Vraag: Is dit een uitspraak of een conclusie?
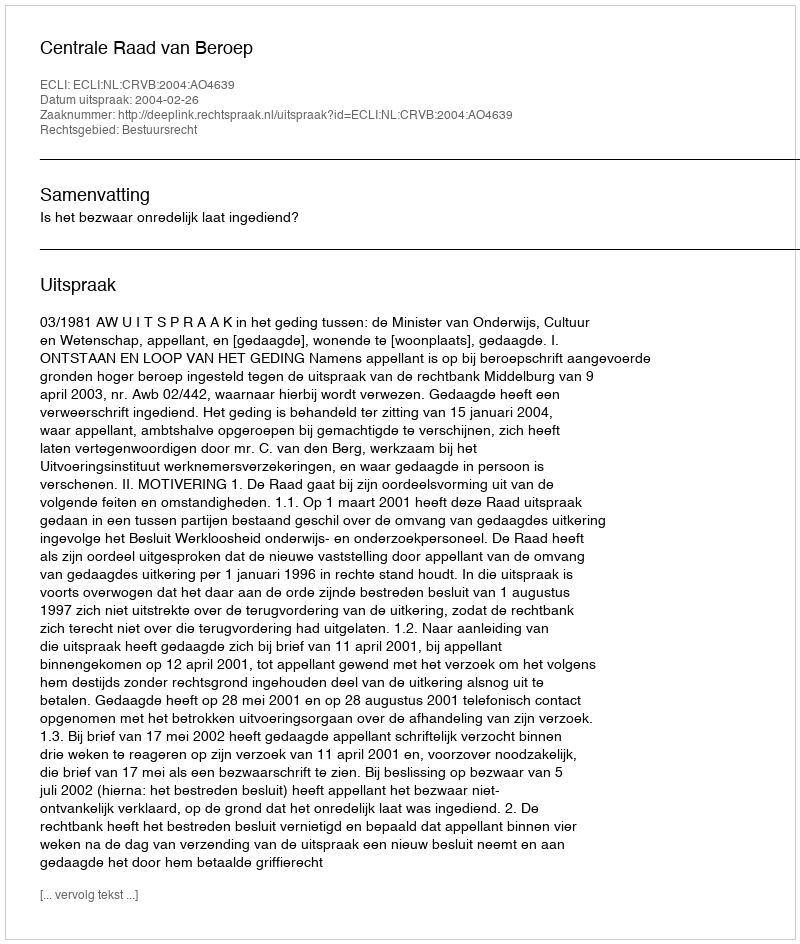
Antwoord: Uitspraak